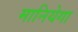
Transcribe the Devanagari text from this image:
मानियेगा